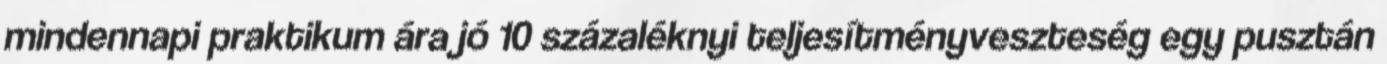
mindennapi praktikum ára jó 10 százaléknyi teljesítményveszteség egy pusztán